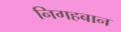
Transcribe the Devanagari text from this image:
निगहबान